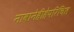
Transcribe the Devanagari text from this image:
नावानेहीहेपरिचित